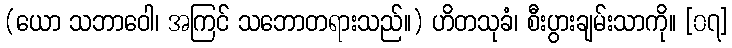
(ယော သဘာဝေါ၊ အကြင် သဘောတရားသည်။) ဟိတသုခံ၊ စီးပွားချမ်းသာကို။ [၀၇]